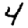
Digit: 4